Indian journal of veterinary science and animal husbandry - Volume 2,
Year: 1932
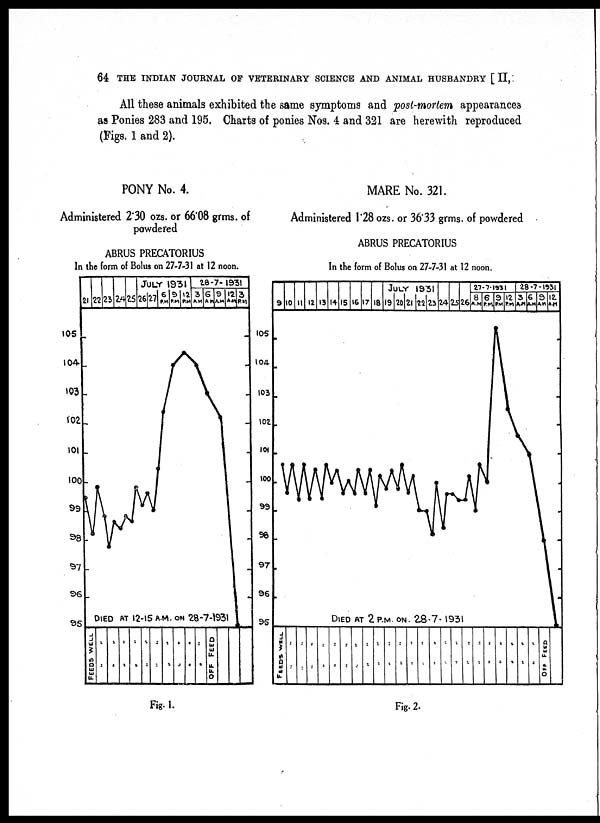
64 THE INDIAN JOURNAL OF VETERINARY SCIENCE AND ANIMAL HUSBANDRY [II,
All these animals exhibited the same symptoms and post-mortem appearances
as Ponies 283 and 195. Charts of ponies Nos. 4 and 321 are herewith reproduced
(Figs. 1 and 2).
PONY No. 4.
Administered 2.30 ozs. or 66.08 grms. of
powdered
ABRUS PRECATORIUS
In the form of Bolus on 27-7-31 at 12 noon.
MARE No. 321.
Administered 1.28 ozs. or 36.33 grms. of powdered
ABRUS PRECATORIUS
In the form of Bolus on 27-7-31 at 12 noon.
Fig. 1.
Fig. 2.